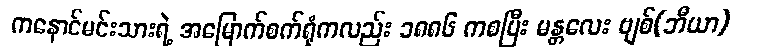
ကနောင်မင်းသားရဲ့ အမြောက်စက်ရုံကလည်း ၁၈၈၆ ကစပြီး မန္တလေး ဗျစ်(ဘီယာ)